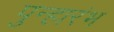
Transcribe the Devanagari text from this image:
पुन्हारंभ